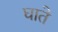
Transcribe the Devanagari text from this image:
घाते